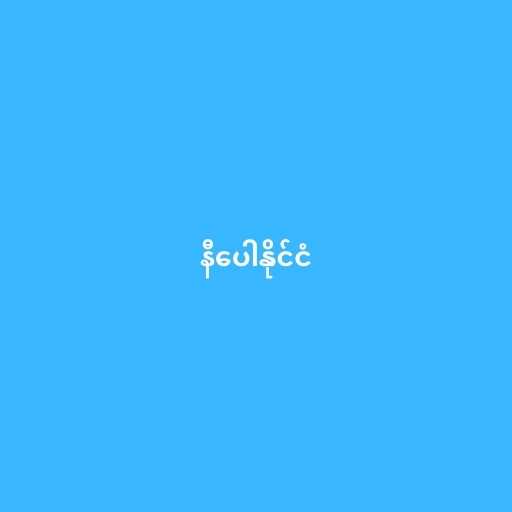
နီပေါနိုင်ငံ